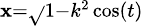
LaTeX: \scriptstyle{\mathbf{x}={\sqrt{}{{1-k^{2}}}}\cos(t)}